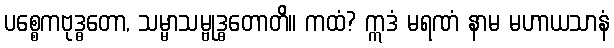
ပစ္စေကဗုဒ္ဓတော, သမ္မာသမ္ဗုဒ္ဓတောတိ။ ကထံ? ဣဒံ မရဏံ နာမ မဟာယသာနံ